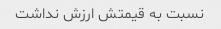
نسبت به قیمتش ارزش نداشت